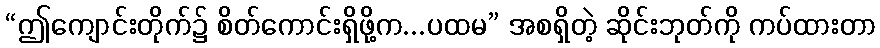
“ဤကျောင်းတိုက်၌ စိတ်ကောင်းရှိဖို့က...ပထမ” အစရှိတဲ့ ဆိုင်းဘုတ်ကို ကပ်ထားတာ